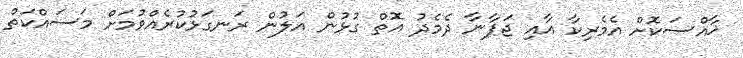
ޚާއްސަކޮށް އެމެރިކާ އާއި ޖަޕާނާ ދެމެދު އޮތް ގުޅުން އަލުން ރަނގަޅުކުރެއްވުމަށް މަސައްކަތް